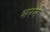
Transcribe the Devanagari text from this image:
भरमे